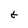
Character: t